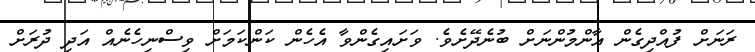
ރަނަށް ފުއްދިގެން އާންމުންނަށް ބުނެދޭށެވެ. ވަށައިގެންވާ އެހެން ކަންކަމަށް ވިސްނިހެނެއް އަދި ދުރަށް